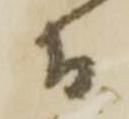
而